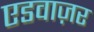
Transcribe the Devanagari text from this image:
एडवाज़र